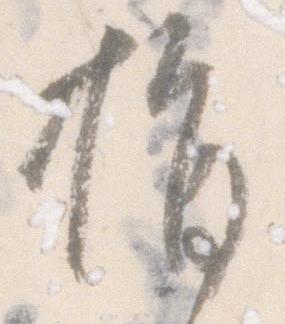
指